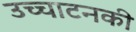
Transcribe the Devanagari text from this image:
उच्चाटनकी